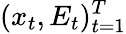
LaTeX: (x_{t},E_{t})_{t=1}^{T}